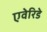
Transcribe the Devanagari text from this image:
एवेरिडे